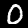
Label: 0